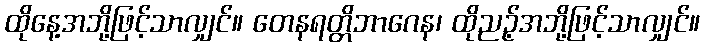
ထိုနေ့အဘို့ဖြင့်သာလျှင်။ တေနရတ္တိဘာဂေန၊ ထိုညဉ့်အဘို့ဖြင့်သာလျှင်။